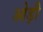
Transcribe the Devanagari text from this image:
ओड़ी